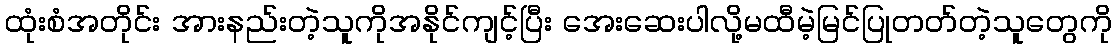
ထုံးစံအတိုင်း အားနည်းတဲ့သူကိုအနိုင်ကျင့်ပြီး အေးဆေးပါလို့မထီမဲ့မြင်ပြုတတ်တဲ့သူတွေကို